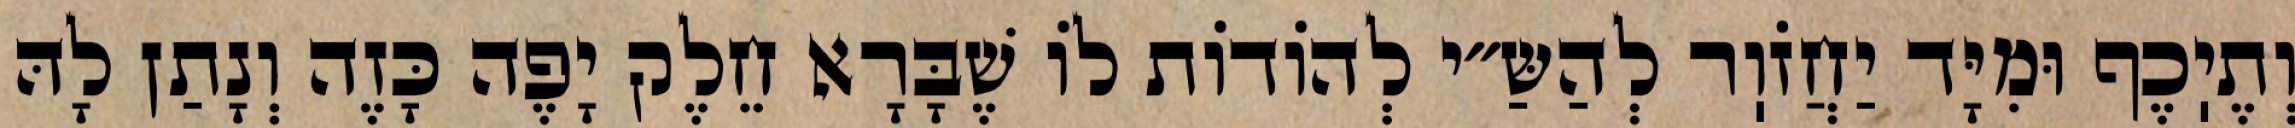
וְתֶיֽכֶף וּמִיָּד יַחֲזֹוֽר לְהַשַּ״י לְהוֹדוֹת לוֹ שֶׁבָּרָא חֵלֶק יָפֶה כָּזֶה וְנָתַן לָהּ